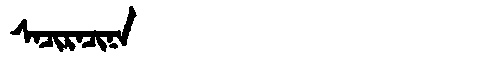
Manchu: ᠰᠠᠴᡳᡵᠠᠴᡳᠨᠠ
Romanization: SACIRACINA